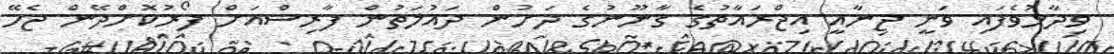
ވިދާޅުވެފައި ވަނީ ޖިނާއީ އިޖްރައާތުގެ ގާނޫނުގެ ދަށުން ދައުލަތުން ފާރިސްއަށް ފޯރުކޮށްދޭން ޖެހޭ